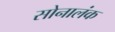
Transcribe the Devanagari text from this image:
सोनालंक